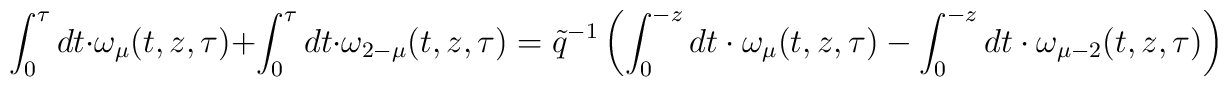
\int_0^{\tau }dt\cdot \omega_\mu (t,z,\tau)+\int_0^{\tau }dt\cdot \omega_{2-\mu } (t,z,\tau)=\tilde q^{-1} \left( \int_0^{-z }dt\cdot \omega_\mu (t,z,\tau)-\int_0^{-z }dt\cdot \omega_{\mu -2}(t,z,\tau)\right)